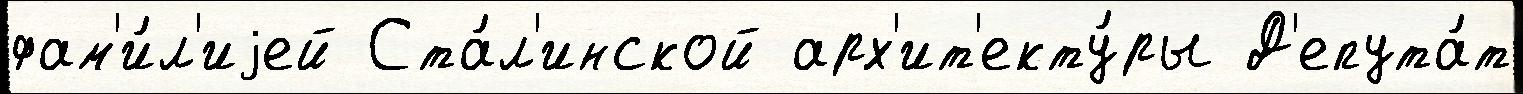
фам'и́л'иjей Ста́л'инской арх'ит'екту́ры Д'епута́т